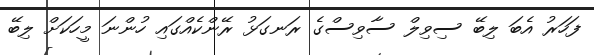
ފަހަރު އެބަ ލިބޭ ސިވިލް ސާވިސްގެ ރަނގަޅު ރޭންކެއްގައި ހުންނަ މީހަކަށް ލިބޭ